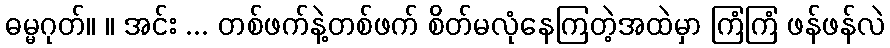
ဓမ္မဂုတ်။ ။ အင်း ... တစ်ဖက်နဲ့တစ်ဖက် စိတ်မလုံနေကြတဲ့အထဲမှာ ကြံကြံ ဖန်ဖန်လဲ